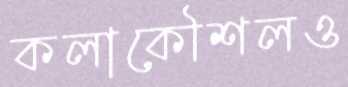
কলাকৌশলও